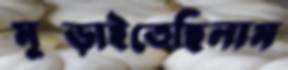
মুষ্‌ড়াইতেছিলাম